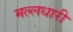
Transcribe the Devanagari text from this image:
मल्लधारी